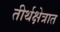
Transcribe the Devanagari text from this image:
तीर्थक्षेत्रात